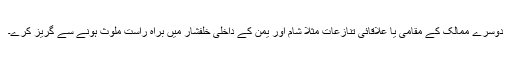
دوسرے ممالک کے مقامی یا علاقائی تنازعات مثلاً شام اور یمن کے داخلی خلفشار میں براہ راست ملوث ہونے سے گریز کرے۔